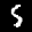
Label: 5